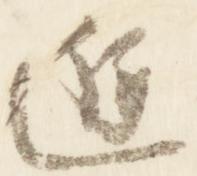
進